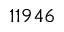
1 1 9 4 6